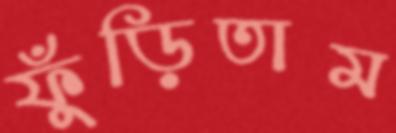
ফুঁড়িতাম